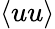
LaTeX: \langle uu\rangle